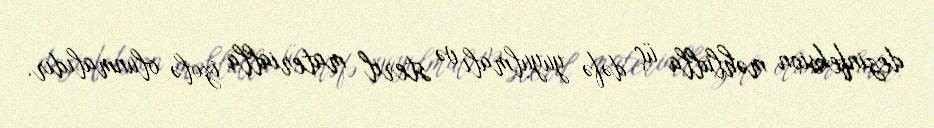
dezinfeksion məhlulla üç dəfə yuyulmalı və steril materialla izolə olunmalıdır.